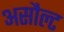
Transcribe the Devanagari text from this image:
असौल्ट